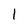
Character: l